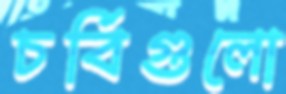
চর্বিগুলো